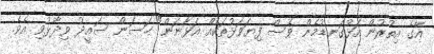
އޭގެ އިތުރުން އަޅުގަނޑުމެން ވެސް ފިޔަވަޅުތަކެއް އަޅާނަން" ހަސަން ސައީދު ވިދާޅުވި އެވެ.